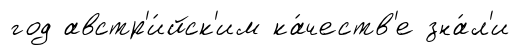
год австр'и́йск'им ка́честв'е зна́л'и